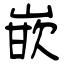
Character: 嵌